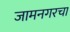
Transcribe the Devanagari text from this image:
जामनगरचा